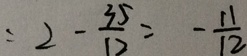
= 2 - \frac { 3 5 } { 1 2 } = - \frac { 1 1 } { 1 2 }